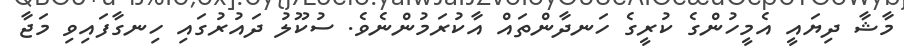
މާޝާ ދިޔައީ އެމީހުންގެ ކުރީގެ ހަނދާންތައް އާކުރަމުންނެވެ. ސުކޫލު ދައުރުގައި ހިނގާފައިވި މަޖާ